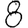
Digit: 8